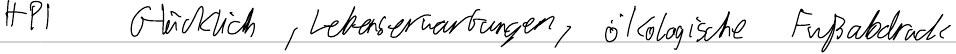
HPI   Glücklich, Lebenserwartungen, ökologische Fußabdruck